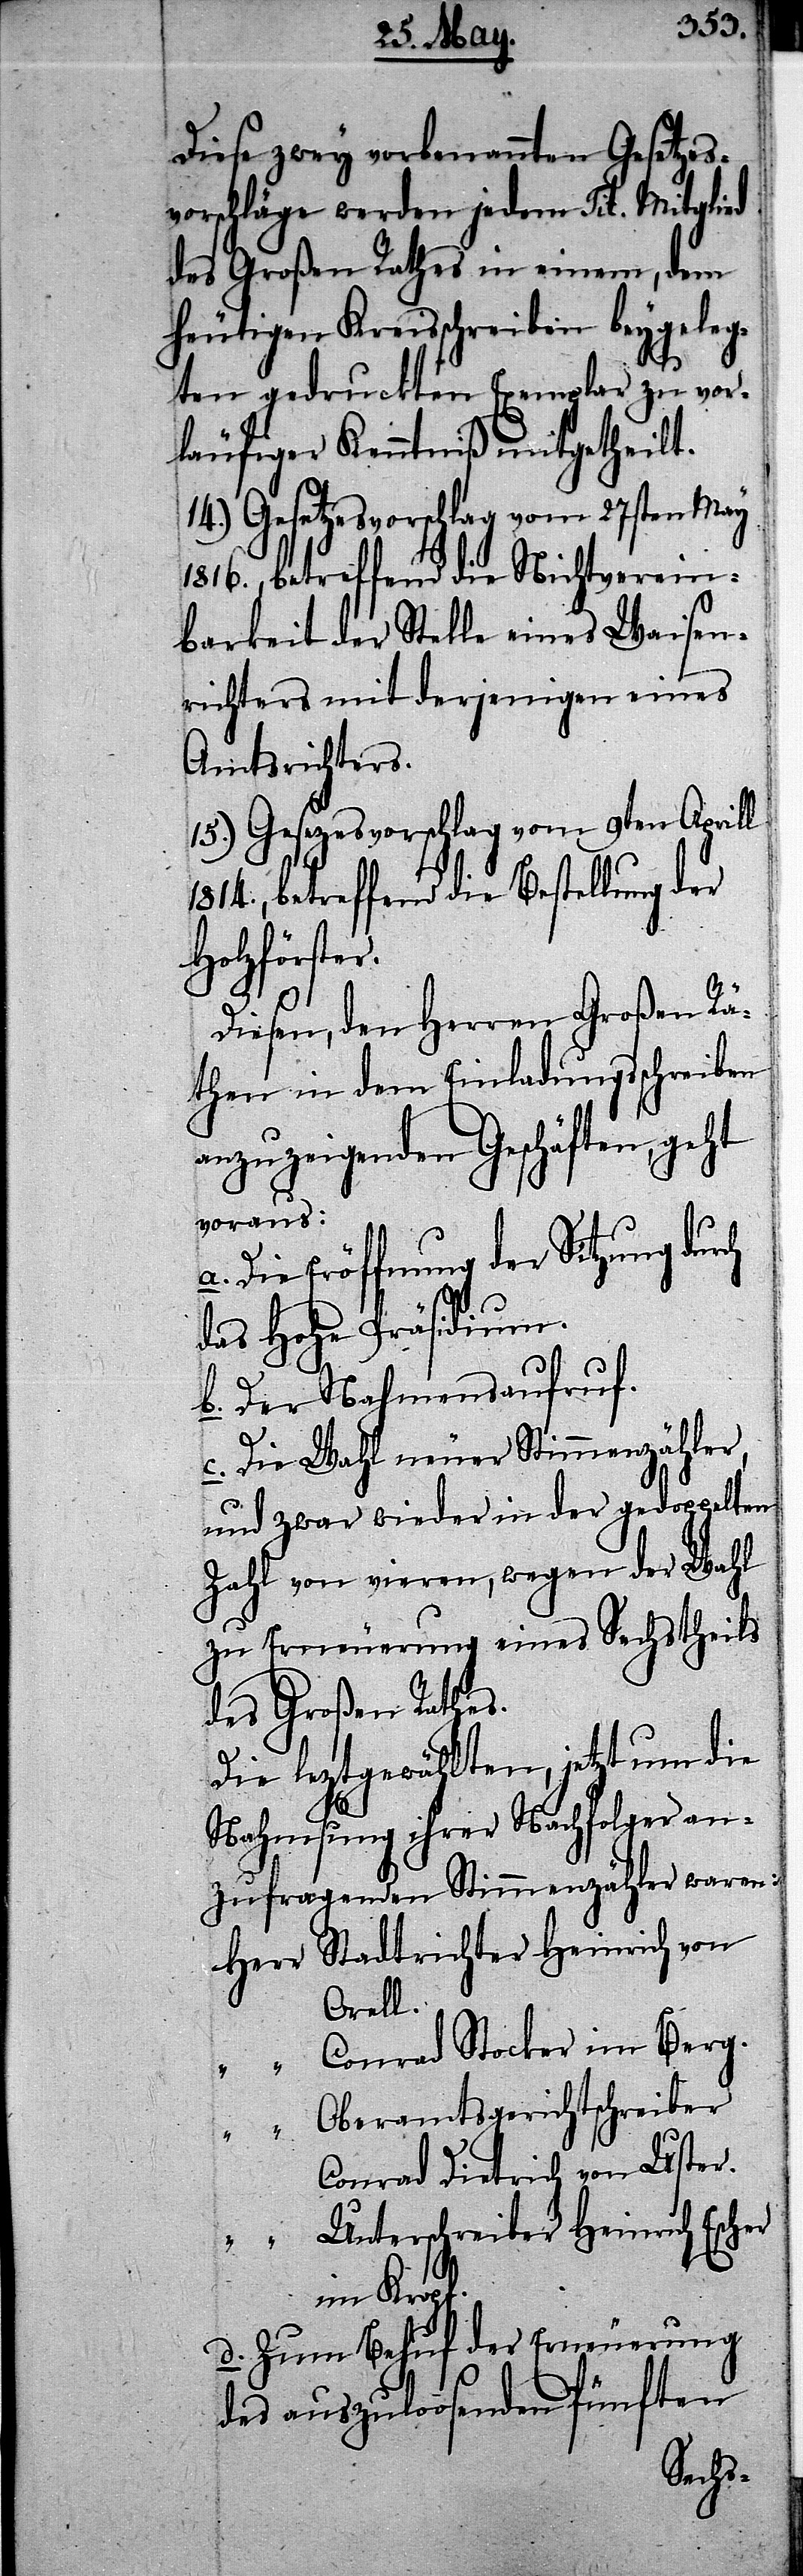
Diese zwey vorbenannten Gesetzes¬
vorschläge werden jeden Tit. Mitglied
des Großen Rathes in einem, dem
heutigen Kreisschreiben beygeleg¬
ten gedruckten Exemplar zu vor¬
läufiger Kenntniß mitgetheilt.
14.) Gesetzesvorschlag vom 27sten May
1816., betreffend die Nichtverein¬
barkeit der Stelle eines Waisen¬
richters mit derjenigen eines
Amtsrichters.
15.) Gesezesvorschlag vom 9ten Aprill
1814., betreffend die Bestellung der
Holzförster.
Diesem, den Herren Großen Rä¬
then in dem Einladungsschreiben
anzuzeigenden Geschäften, geht
voraus:
a. Die Eröffnung der Sitzung durch
das Hohe Präsidium.
b. Der Nahmensaufruf.
c. Die Wahl neuer Stimmenzähler,
und zwar wieder in der gedoppelten
Zahl von vieren, wegen der Wahl
zu Erneuerung eines Sechstheils
des Großen Rathes.
Die leztgewählten, jetzt um die
Nahmsung ihrer Nachfolger an¬
zufragenden Stimmenzähler waren:
Herr Stadtrichter Heinrich von
Orell.
“ Conrad Stocker im Berg.
Oberamtsgerichtschreiber
Conrad Dietrich von Uster.
“ Unterschreiber Heinrich Escher
im Kropf.
d. Zum Behuf der Erneuerung
des auszuloosenden fünften